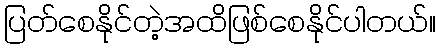
ပြတ်စေနိုင်တဲ့အထိဖြစ်စေနိုင်ပါတယ်။